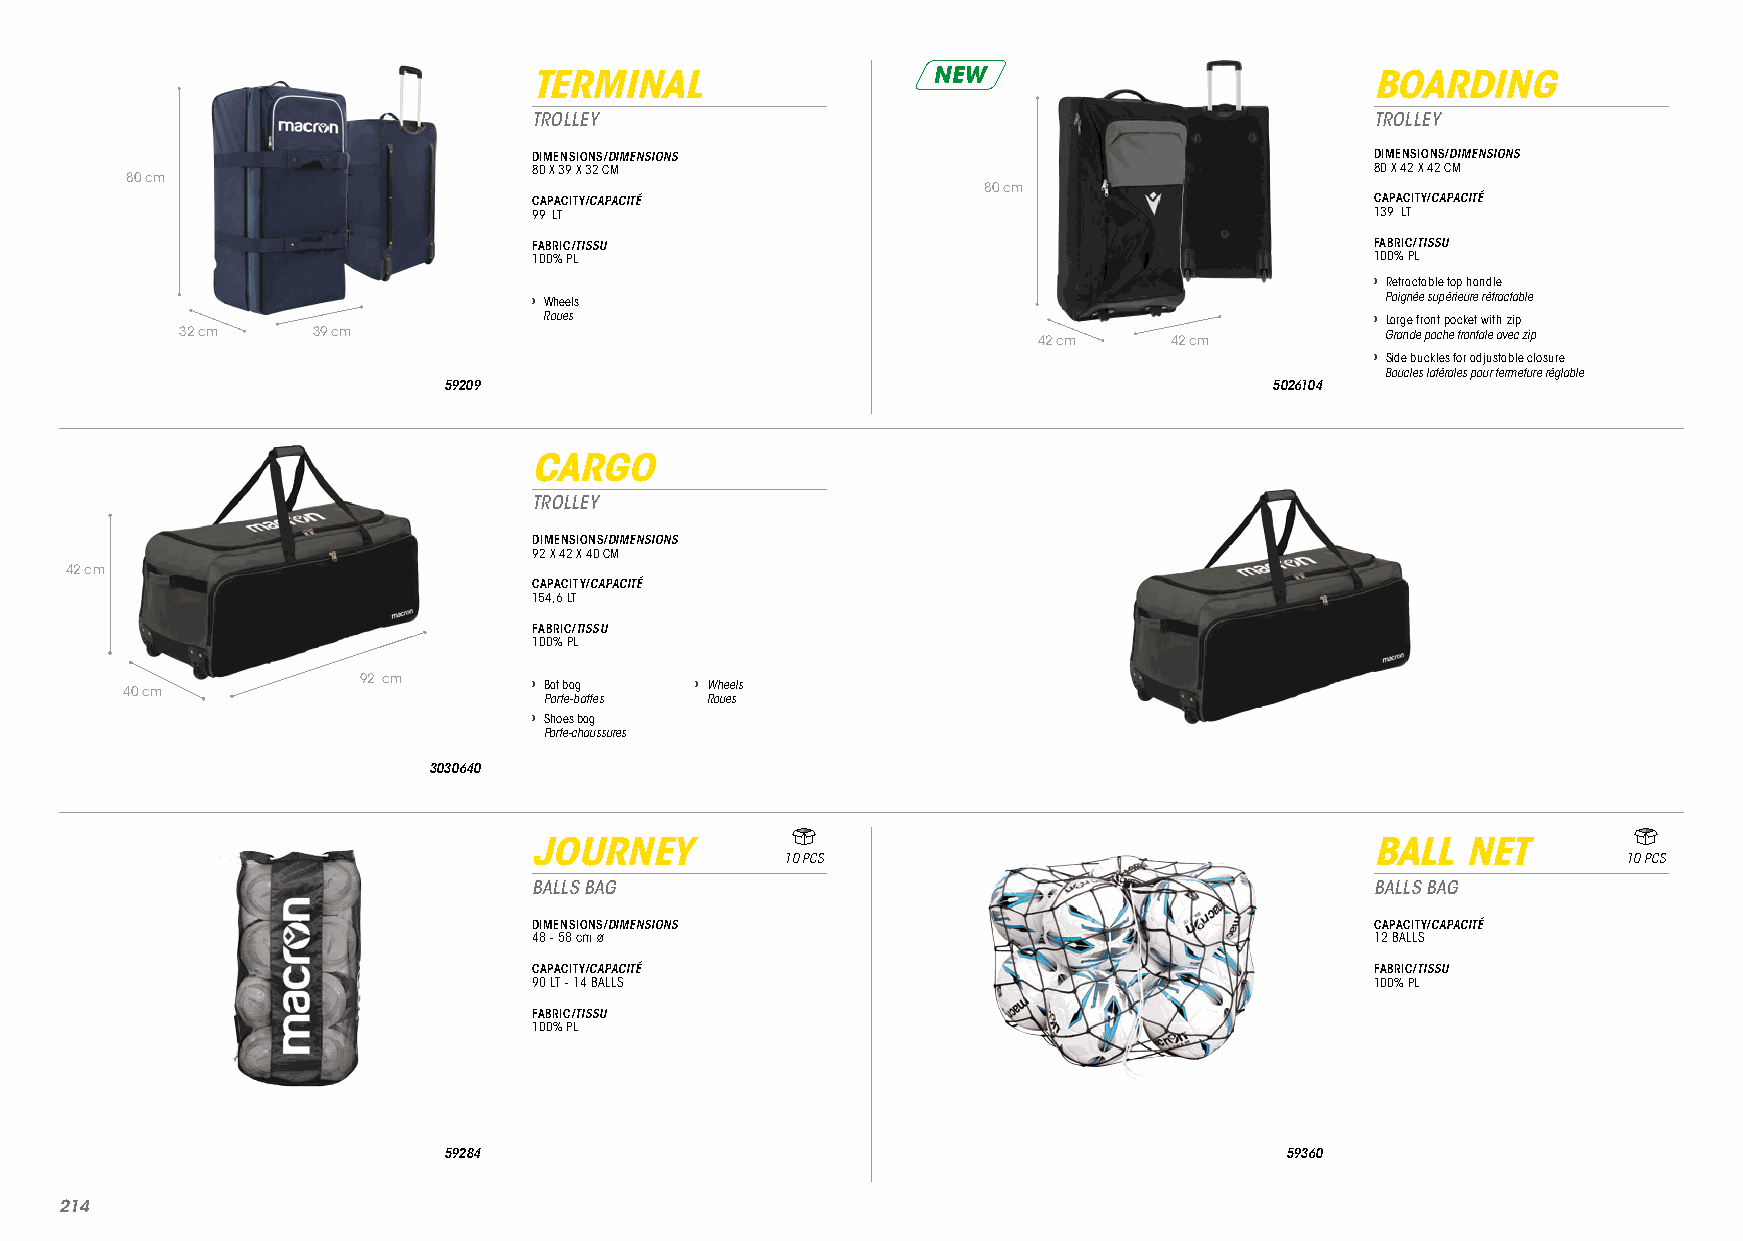
TERMINAL                   NEW                          BOARDING
 TROLLEY                                                 TROLLEY
 DIMENSIONS/DIMENSIONS                                   DIMENSIONS/DIMENSIONS
 80 X 39 X 32 CM                                         80 X 42 X 42 CM
 80 cm
 80 cm
 CAPACITY/CAPACITÉ                                       CAPACITY/CAPACITÉ
 99 LT                                                   139 LT
 FABRIC/TISSU                                            FABRIC/TISSU
 100% PL                                                 100% PL
 › Retractable top handle
 › Wheels                                                 Poignée supérieure rétractable
 Roues                                                  › Large front pocket with zip
 32 cm    39 cm                                           42 cm   42 cm          Grande poche frontale avec zip
 › Side buckles for adjustable closure
 Boucles latérales pour fermeture réglable
 59209                                                  5026104
 CARGO
 TROLLEY
 DIMENSIONS/DIMENSIONS
 92 X 42 X 40 CM
 42 cm
 CAPACITY/CAPACITÉ
 154,6 LT
 FABRIC/TISSU
 100% PL
 92 cm      › Bat bag  › Wheels
 40 cm
 Porte-battes Roues
 › Shoes bag
 Porte-chaussures
 3030640
 JOURNEY                                                 BALL  NET
 10 PCS                                                  10 PCS
 BALLS BAG                                               BALLS BAG
 DIMENSIONS/DIMENSIONS                                   CAPACITY/CAPACITÉ
 48 - 58 cm ø                                            12 BALLS
 CAPACITY/CAPACITÉ                                       FABRIC/TISSU
 90 LT - 14 BALLS                                        100% PL
 FABRIC/TISSU
 100% PL
 59284                                                   59360
 221144